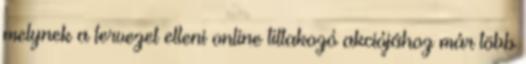
melynek a tervezet elleni online tiltakozó akciójához már több